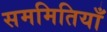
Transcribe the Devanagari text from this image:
सममितियाँ